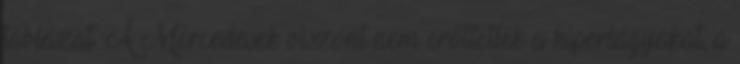
táblázat. A Mercedesek viszont nem erőltették a hiperlágyakat, a